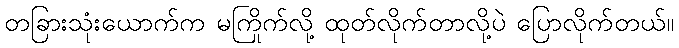
တခြားသုံးယောက်က မကြိုက်လို့ ထုတ်လိုက်တာလို့ပဲ ပြောလိုက်တယ်။